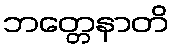
ဘတ္တေနာတိ